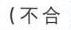
（不合